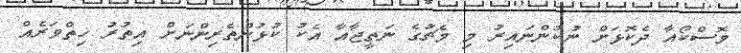
މޮސްކޯއާ ދެކޮޅަށް ނުކުންނައިރު މި މެޗުގެ ނަތީޖާއާ އެކު ކުޅުންތެރިންނަށް އިތުރު ހިތްވަރެއް